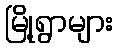
မြို့ရွာများ